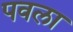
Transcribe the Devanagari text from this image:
पवला